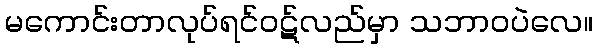
မကောင်းတာလုပ်ရင်ဝဋ်လည်မှာ သဘာဝပဲလေ။